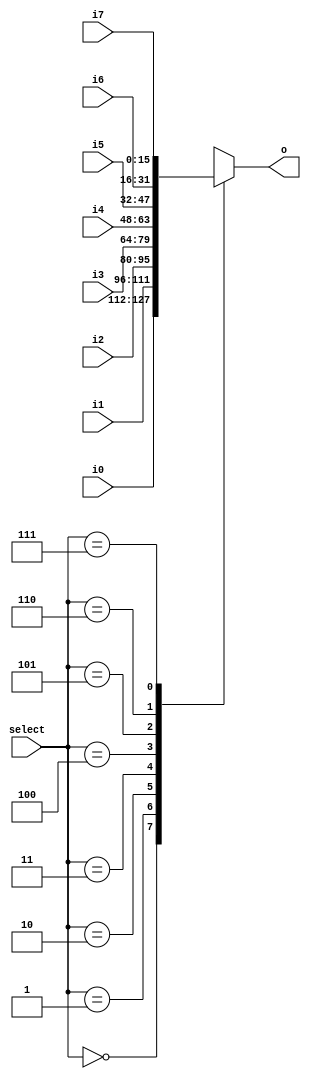
`timescale 1ns / 1ps
//////////////////////////////////////////////////////////////////////////////////
// Company: 
// Engineer: 
// 
// Design Name: 
// Module Name: MUX8to1_16bit
// Project Name: 
// Target Devices: 
// Tool Versions: 
// Description: 
// 
// Dependencies: 
// 
// Revision:
// Revision 0.01 - File Created
// Additional Comments:
// 
//////////////////////////////////////////////////////////////////////////////////


module MUX8to1_16bit(
    input [15:0] i0,
    input [15:0] i1,
    input [15:0] i2,
    input [15:0] i3,
    input [15:0] i4,
    input [15:0] i5,
    input [15:0] i6,
    input [15:0] i7,
    input [2:0] select,
    output reg [15:0] o
    );
    always @* begin
        case(select)
            0: o = i0;
            1: o = i1;
            2: o = i2;
            3: o = i3;
            4: o = i4;
            5: o = i5;
            6: o = i6;
            7: o = i7;
            default: o = 0;
        endcase
    end
endmodule